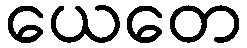
ယေတေ